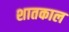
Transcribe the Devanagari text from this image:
शातकाल